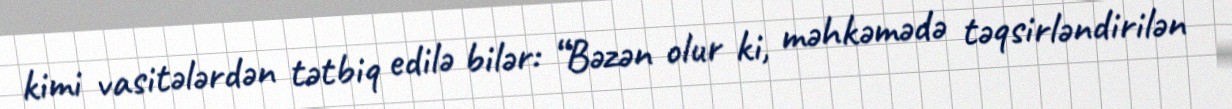
kimi vasitələrdən tətbiq edilə bilər: “Bəzən olur ki, məhkəmədə təqsirləndirilən